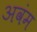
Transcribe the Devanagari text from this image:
अवंम